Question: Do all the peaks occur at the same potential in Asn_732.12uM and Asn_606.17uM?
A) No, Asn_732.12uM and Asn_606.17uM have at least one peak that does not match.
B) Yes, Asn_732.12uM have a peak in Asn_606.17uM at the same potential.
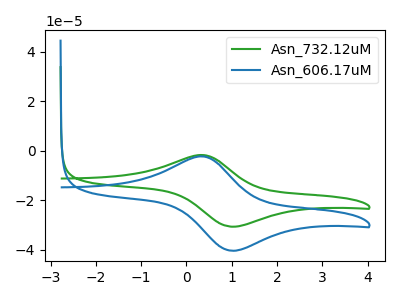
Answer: <think>The green curve "Asn_732.12uM" has an anodic peak at (0.35V, -1.70uA) and a cathodic peak at (1.00V, -30.65uA). The blue curve "Asn_606.17uM" has an anodic peak at (0.35V, -2.25uA) and a cathodic peak at (1.00V, -40.35uA).</think>
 <answer>B) Yes, "Asn_732.12uM" have a peak in "Asn_606.17uM" at the same potential.</answer>
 <eval>B</eval>